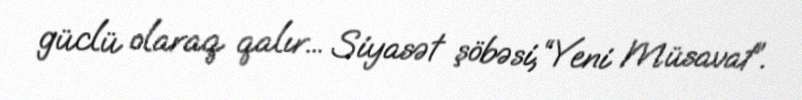
güclü olaraq qalır... Siyasət şöbəsi,“Yeni Müsavat”.